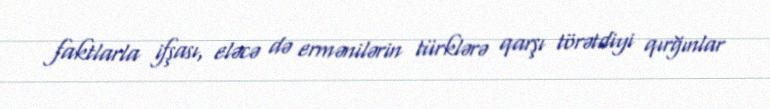
faktlarla ifşası, eləcə də ermənilərin türklərə qarşı törətdiyi qırğınlar